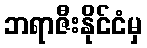
ဘရာဇီးနိုင်ငံမှ